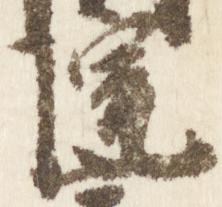
院